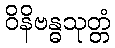
ဝိနိဗန္ဓသုတ္တံ